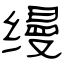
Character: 缦